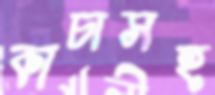
কাচাসহ